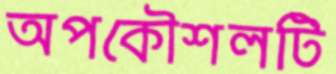
অপকৌশলটি